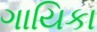
ગાયિકા